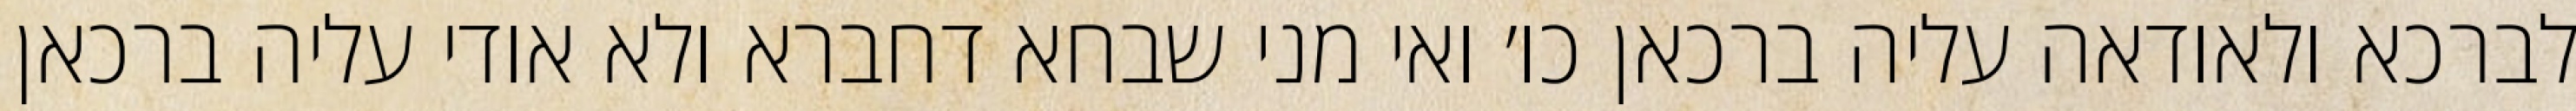
לברכא ולאודאה עליה ברכאן כו׳ ואי מני שבחא דחברא ולא אודי עליה ברכאן